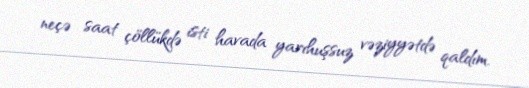
neçə saat çöllükdə isti havada yarıhuşsuz vəziyyətdə qaldım.